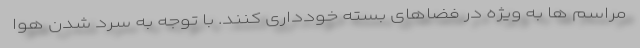
مراسم ها به ویژه در فضاهای بسته خودداری کنند. با توجه به سرد شدن هوا